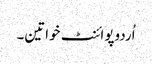
اُردوپوائنٹ خواتین۔